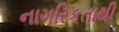
નાગરિકતાથી